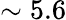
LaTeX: \sim 5.6